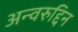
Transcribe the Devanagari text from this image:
अन्वरुद्दिन